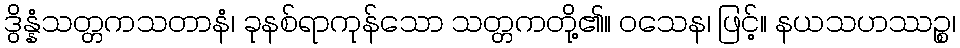
ဒွိန္နံသတ္တကသတာနံ၊ ခုနစ်ရာကုန်သော သတ္တကတို့၏။ ဝသေန၊ ဖြင့်။ နယသဟဿဉ္စ၊